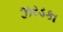
ઝરડકા